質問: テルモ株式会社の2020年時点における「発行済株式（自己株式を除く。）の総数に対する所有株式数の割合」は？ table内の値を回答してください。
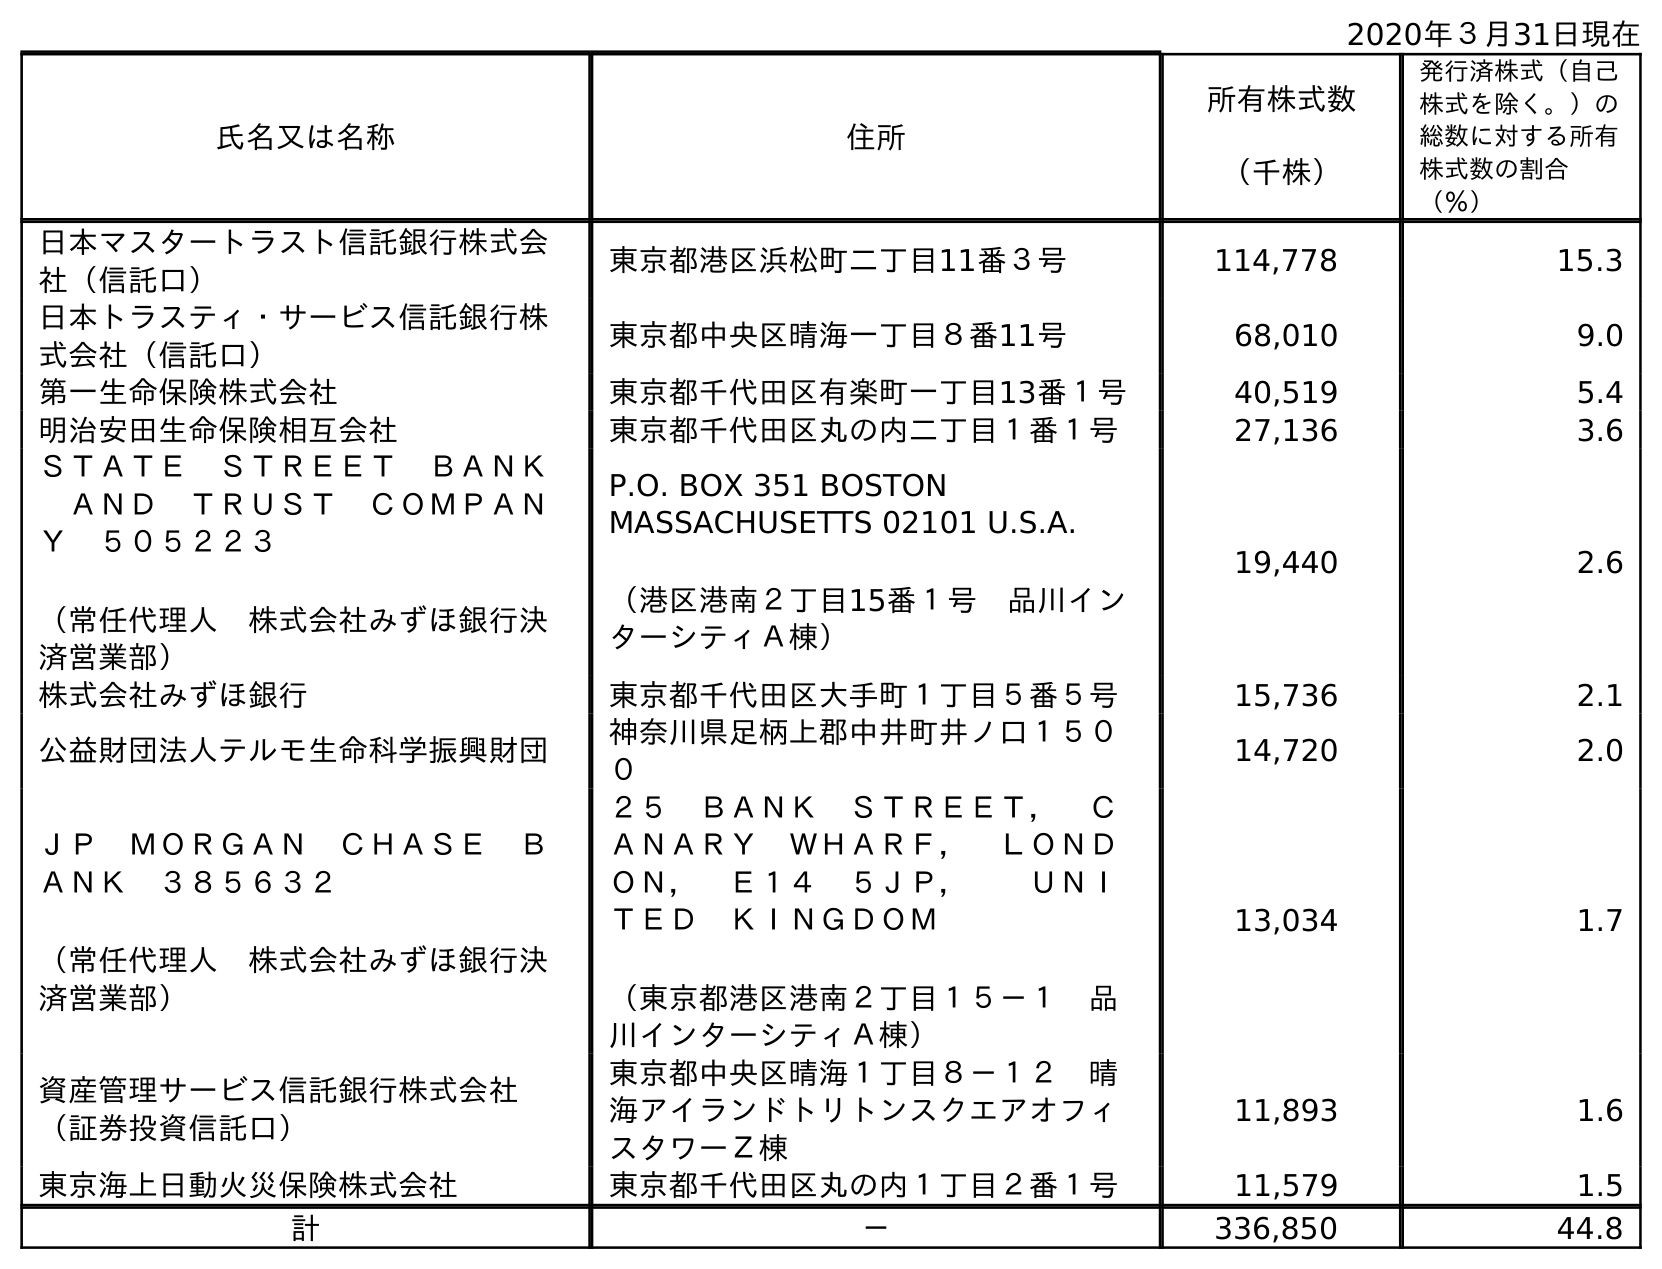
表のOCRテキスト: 2020年３月31日現在 氏名又は名称 住所 所有株式数 （千株） 発行済株式（自己 株式を除く。）の 総数に対する所有 株式数の割合 （％） 日本マスタートラスト信託銀行株式会 社（信託口） 東京都港区浜松町二丁目11番３号 114,778 15.3 日本トラスティ・サービス信託銀行株 式会社（信託口） 東京都中央区晴海一丁目８番11号 68,010 9.0 第一生命保険株式会社 東京都千代田区有楽町一丁目13番１号 40,519 5.4 明治安田生命保険相互会社 東京都千代田区丸の内二丁目１番１号 27,136 3.6 ＳＴＡＴＥ ＳＴＲＥＥＴ ＢＡＮＫ  ＡＮＤ ＴＲＵＳＴ ＣＯＭＰＡＮ Ｙ ５０５２２３ （常任代理人 株式会社みずほ銀行決 済営業部） P.O. BOX 351 BOSTON MASSACHUSETTS 02101 U.S.A. （港区港南２丁目15番１号 品川イン ターシティＡ棟） 19,440 2.6 株式会社みずほ銀行 東京都千代田区大手町１丁目５番５号 15,736 2.1 公益財団法人テルモ生命科学振興財団 神奈川県足柄上郡中井町井ノ口１５０ ０ 14,720 2.0 ＪＰ ＭＯＲＧＡＮ ＣＨＡＳＥ Ｂ ＡＮＫ ３８５６３２ （常任代理人 株式会社みずほ銀行決 済営業部） ２５ ＢＡＮＫ ＳＴＲＥＥＴ， Ｃ ＡＮＡＲＹ ＷＨＡＲＦ， ＬＯＮＤ ＯＮ， Ｅ１４ ５ＪＰ，  ＵＮＩ ＴＥＤ ＫＩＮＧＤＯＭ （東京都港区港南２丁目１５－１ 品 川インターシティＡ棟） 13,034 1.7 資産管理サービス信託銀行株式会社 （証券投資信託口） 東京都中央区晴海１丁目８－１２ 晴 海アイランドトリトンスクエアオフィ スタワーＺ棟 11,893 1.6 東京海上日動火災保険株式会社 東京都千代田区丸の内１丁目２番１号 11,579 1.5 計 － 336,850 44.8
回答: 44.8